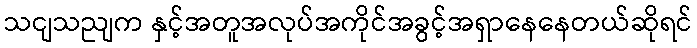
သငျသညျက နှင့်အတူအလုပ်အကိုင်အခွင့်အရှာနေနေတယ်ဆိုရင်